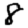
Digit: 8